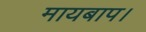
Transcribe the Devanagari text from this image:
मायबाप।